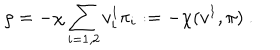
\rho = - \chi \sum _ { i = 1 , 2 } v _ { i } ^ { 1 } \pi _ { i } : = - \chi ( v ^ { 1 } , \pi ) \ .